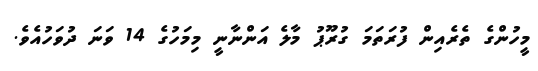
މީހުންގެ ތެރެއިން ފުރަތަމަ ގުރޫޕު މާލެ އަންނާނީ މިމަހުގެ 14 ވަނަ ދުވަހުއެވެ.